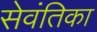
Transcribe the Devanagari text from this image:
सेवंतिका